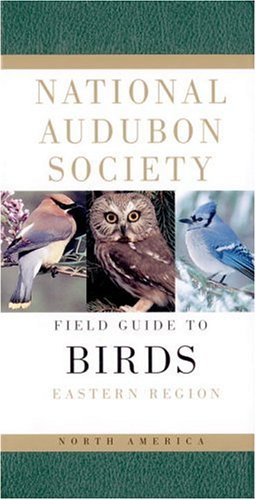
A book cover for National Audubon Society Field Guide to North American Birds: Eastern Region, Revised Edition; Science & Math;